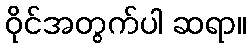
ဝိုင်အတွက်ပါ ဆရာ။